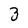
Character: 3